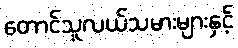
တောင်သူလယ်သမားများနှင့်